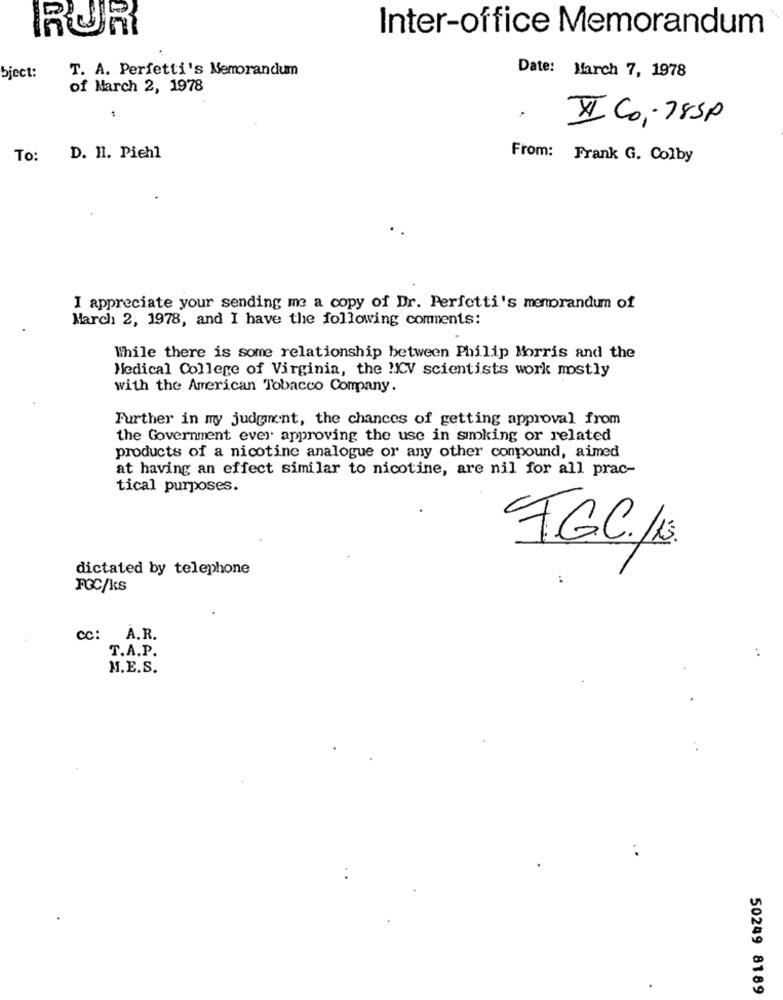
RUR
Inter-office Memorandum
T. A. Perfetti's Memorandum
bject:
Date: March 7, 1978
of March 2, 1978
VI Co -783P
To:
D. H. Piehl
From: Frank G. Colby
I appreciate your sending me a copy of Dr. Perfetti's memorandum of
March 2, 1978, and I have the following comments:
While there is some relationship between Philip Morris and the
Medical College of Virginia, the "CV scientists work mostly
with the American Tobacco Company.
Further in my judgment, the chances of getting approval from
the Government ever approving the use in smoking or related
products of a nicotine analogue or any other conpound, aimed
at having an effect similar to nicotine, are nil for all prac-
tical purposes.
F.G.C.15
dictated by telephone
:
FGC/ks
cc: A.R.
T.A.P.
M.E.S.
50249 8189